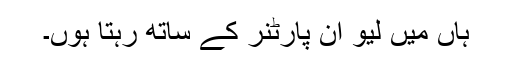
ہاں میں لیو ان پارٹنر کے ساتھ رہتا ہوں۔